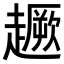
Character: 𧽸